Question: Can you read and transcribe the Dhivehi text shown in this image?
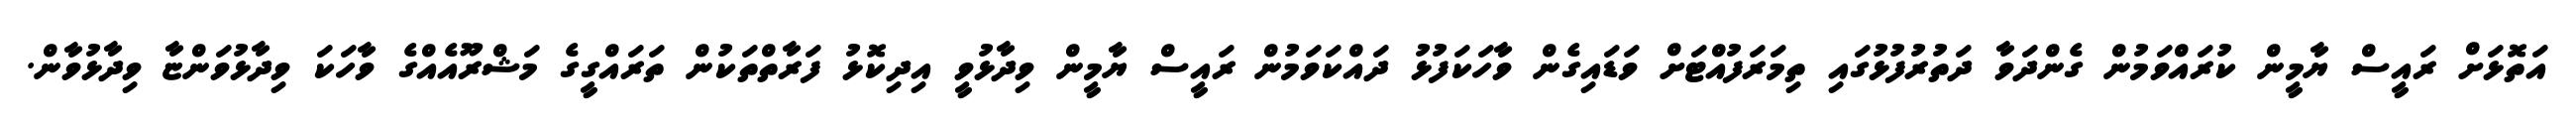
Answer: އަތޮޅަށް ރައީސް ޔާމީން ކުރައްވަމުން ގެންދަވާ ދަތުރުފުޅުގައި ތިމަރަފުއްޓަށް ވަޑައިގެން ވާހަކަފުޅު ދައްކަވަމުން ރައީސް ޔާމީން ވިދާޅުވީ އިދިކޮޅު ފަރާތްތަކުން ތަރައްގީގެ މަޝްރޫއެއްގެ ވާހަކަ ވިދާޅުވަންޏާ ވިދާޅުވާން.